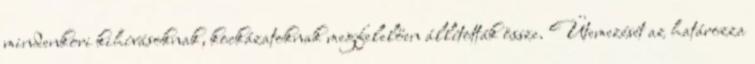
mindenkori kihívásoknak, kockázatoknak megfelelően állították össze. Ütemezését az határozza